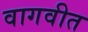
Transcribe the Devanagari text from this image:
वागवीत